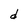
Character: d